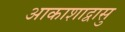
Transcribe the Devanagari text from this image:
आकाशाद्वासु